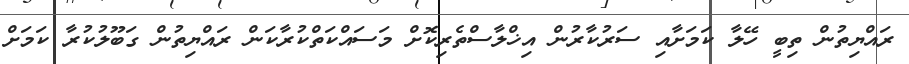
ރައްޔިތުން ތިބީ ހޭލާ ކަމަށާއި ސަރުކާރުން އިޚްލާސްތެރިކޮށް މަސައްކަތްކުރާކަން ރައްޔިތުން ގަބޫލުކުރާ ކަމަށް